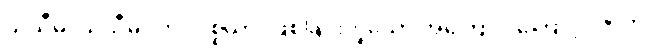
သုသီမ၊ သုသီမ။ ဘဝပစ္စယာ၊ ဖြစ်ခြင်းဟူသော အကြောင်းကြောင့်။ ဇာတိ၊